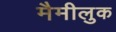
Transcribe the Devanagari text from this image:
मैमीलुक